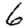
Digit: 6